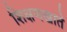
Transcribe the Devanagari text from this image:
शिक्षणखाते